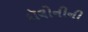
કૉલોનીની